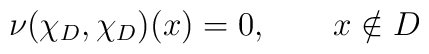
\nu( \chi_D, \chi_D ) (x) = 0,			\qquad			x \notin D